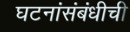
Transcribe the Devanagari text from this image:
घटनांसंबंधीची